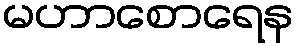
မဟာစောရေန